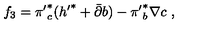
f _ { 3 } = { \pi ^ { \prime } } _ { c } ^ { * } ( { h ^ { \prime } } ^ { * } + { \bar { \partial } } b ) - { \pi ^ { \prime } } _ { b } ^ { * } \nabla c \ ,